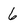
Character: 6